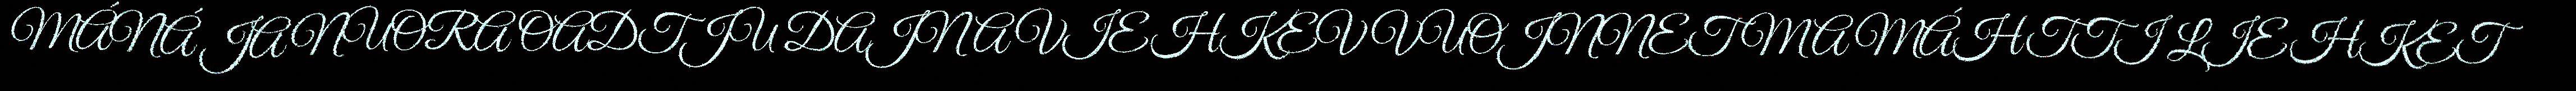
MÁNÁ JA NUORA OADTJU DAJNA VIEHKEV VUOJNNET MA MÁHTTI LIEHKET